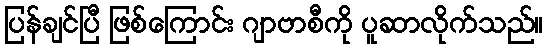
ပြန်ချင်ပြီ ဖြစ်ကြောင်း ဂျာဗာစီကို ပူဆာလိုက်သည်။